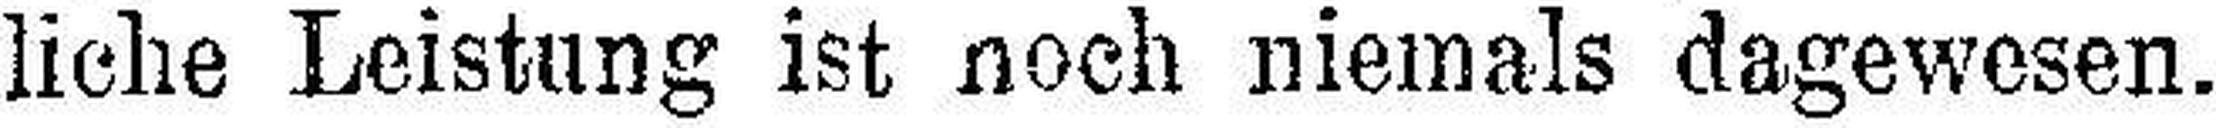
liche Leistung ist noch niemals dagewesen.